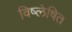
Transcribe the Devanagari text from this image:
विष्लेषित